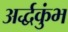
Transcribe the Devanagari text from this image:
अर्द्धकुंभ